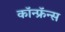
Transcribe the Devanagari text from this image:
कॉन्फ्रॅन्स